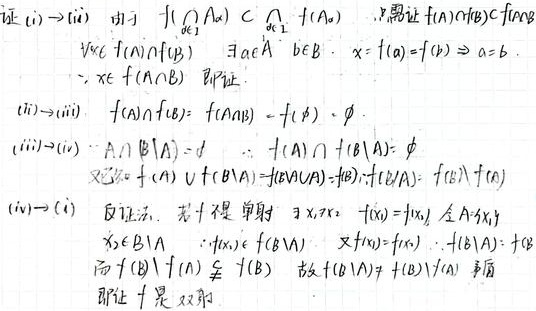
证 \((i)\Rightarrow(ii)\) 由于 \(f(\bigcap_{\alpha\in I} A_{\alpha})\subset \bigcap_{\alpha\in I} f(A_{\alpha})\)，只需证 \(f(A)\cap f(B)\subset f(A\cap B)\)
\(\forall x\in f(A)\cap f(B)\)，\(\exists a\in A\)，\(b\in B\)，\(x = f(a)=f(b)\Rightarrow a = b\)
\(\Rightarrow x\in f(A\cap B)\) 即证.
\((ii)\Rightarrow(iii)\) \(f(A)\cap f(B)=f(A\cap B)\)，\(f(\varnothing)=\varnothing\)
\((iii)\Rightarrow(iv)\) \(A\cap (B\setminus A)=\varnothing\)，\(\therefore f(A)\cap f(B\setminus A)=\varnothing\)
又 \(f(A)\cup f(B\setminus A)=f(A\cup (B\setminus A))=f(B)\)，\(f(B\setminus A)=f(B)\setminus f(A)\)
\((iv)\Rightarrow(i)\) 反证法. 若 \(f\) 不是单射，\(\exists x_1,x_2\)，\(f(x_1)=f(x_2)\)，令 \(A = \{x_1\}\)
\(x_2\in B\setminus A\)，\(\because f(x_2)\in f(B\setminus A)\)，又 \(f(x_1)=f(x_2)\)，\(\therefore f(B\setminus A)=f(B)\)
而 \(f(B)\setminus f(A)\subseteq f(B)\)，故 \(f(B\setminus A)\neq f(B)\setminus f(A)\)，矛盾
即证 \(f\) 是双射.